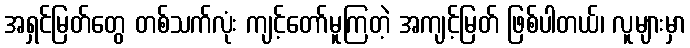
အရှင်မြတ်တွေ တစ်သက်လုံး ကျင့်တော်မူကြတဲ့ အကျင့်မြတ် ဖြစ်ပါတယ်၊ လူများမှာ